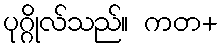
ပုဂ္ဂိုလ်သည်။ ကတ+